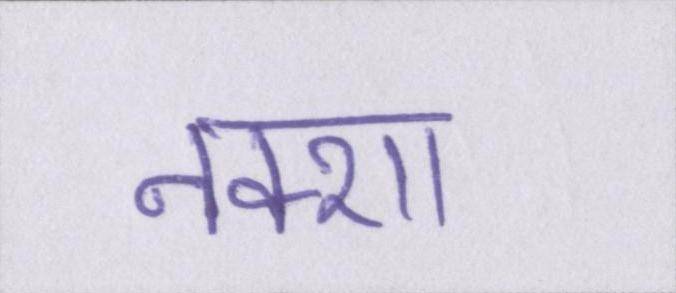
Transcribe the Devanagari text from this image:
नक्शा